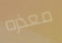
معذره